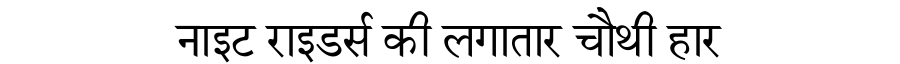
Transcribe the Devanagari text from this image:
नाइट राइडर्स की लगातार चौथी हार